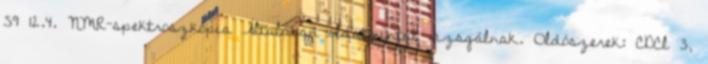
59 12.4. NMR-spektroszkópia Általában oldatmintát vizsgálnak. Oldószerek: CDCl 3,